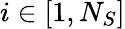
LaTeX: i\in[1,N_{S}]